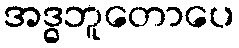
အဒ္ဓဘူတောပေ